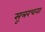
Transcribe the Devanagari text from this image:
सूत्ररचना